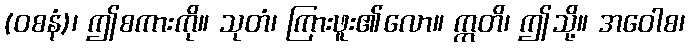
(ဝစနံ)၊ ဤစကားကို။ သုတံ၊ ကြားဖူး၏လော။ ဣတိ၊ ဤသို့။ အဝေါစ၊